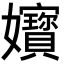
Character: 𡤧